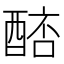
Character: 𨡥